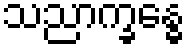
သညာက္ခန္ဓေ